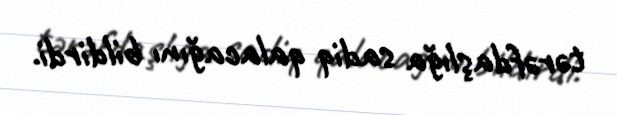
tərəfdaşlığa sadiq qalacağını bildirdi.